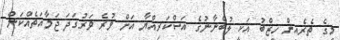
މީގެ ތެރެއިން ހިޒްބު އަކީ ލުބްނާނުގެ އަސްކަރިއްޔާ އަށް ވުރެ ވަރުގަދަ ޖަމާއަތެއްކަން